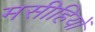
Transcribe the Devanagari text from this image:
मसीहियों